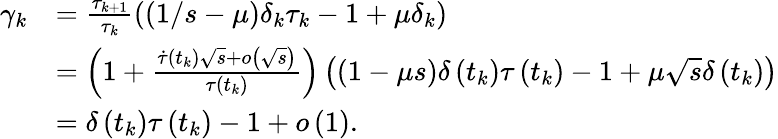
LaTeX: \begin{array}{rl}{\gamma_{k}}&{=\frac{\tau_{k+1}}{\tau_{k}}\left((1/s-\mu)\delta_{k}\tau_{k}-1+\mu\delta_{k}\right)}\\ &{=\left(1+\frac{\dot{\tau}\left(t_{k}\right)\sqrt{s}+o\left(\sqrt{s}\right)}{\tau\left(t_{k}\right)}\right)\left((1-\mu s)\delta\left(t_{k}\right)\tau\left(t_{k}\right)-1+\mu\sqrt{s}\delta\left(t_{k}\right)\right)}\\ &{=\delta\left(t_{k}\right)\tau\left(t_{k}\right)-1+o\left(1\right).}\end{array}